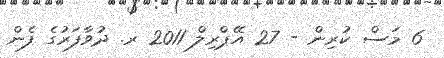
6 މަސް ކުރިން - 27 އޭޕްރިލް 2011 ރ. ދުވާފަރުގެ ފެން